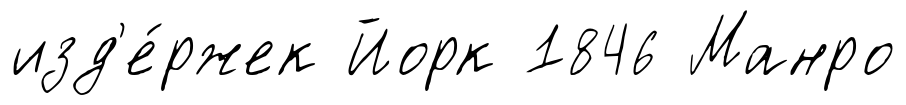
изд'е́ржек Йорк 1846 Манро